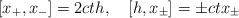
\begin{align*}[x_+,x_-]=2ct h,\quad [h,x_\pm]=\pm ctx_\pm\end{align*}